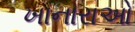
ખાનારાઓ